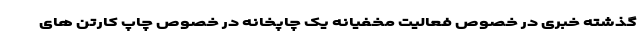
گذشته خبری در خصوص فعالیت مخفیانه یک چاپخانه در خصوص چاپ کارتن های